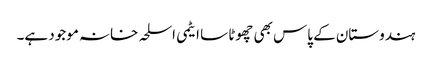
ہندوستان کے پاس بھی چھوٹا سا ایٹمی اسلحہ خانہ موجود ہے۔